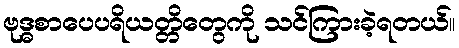
ဗုဒ္ဓစာပေပရိယတ္တိတွေကို သင်ကြားခဲ့ရတယ်။